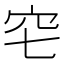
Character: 𥤥